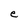
Character: e